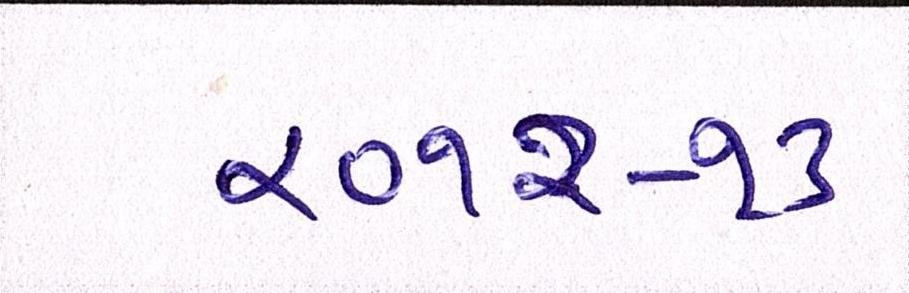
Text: ૨૦૧૨-૧૩